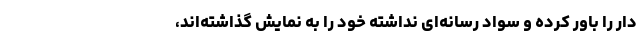
دار را باور کرده و سواد رسانه‌ای نداشته خود را به نمایش گذاشته‌اند،